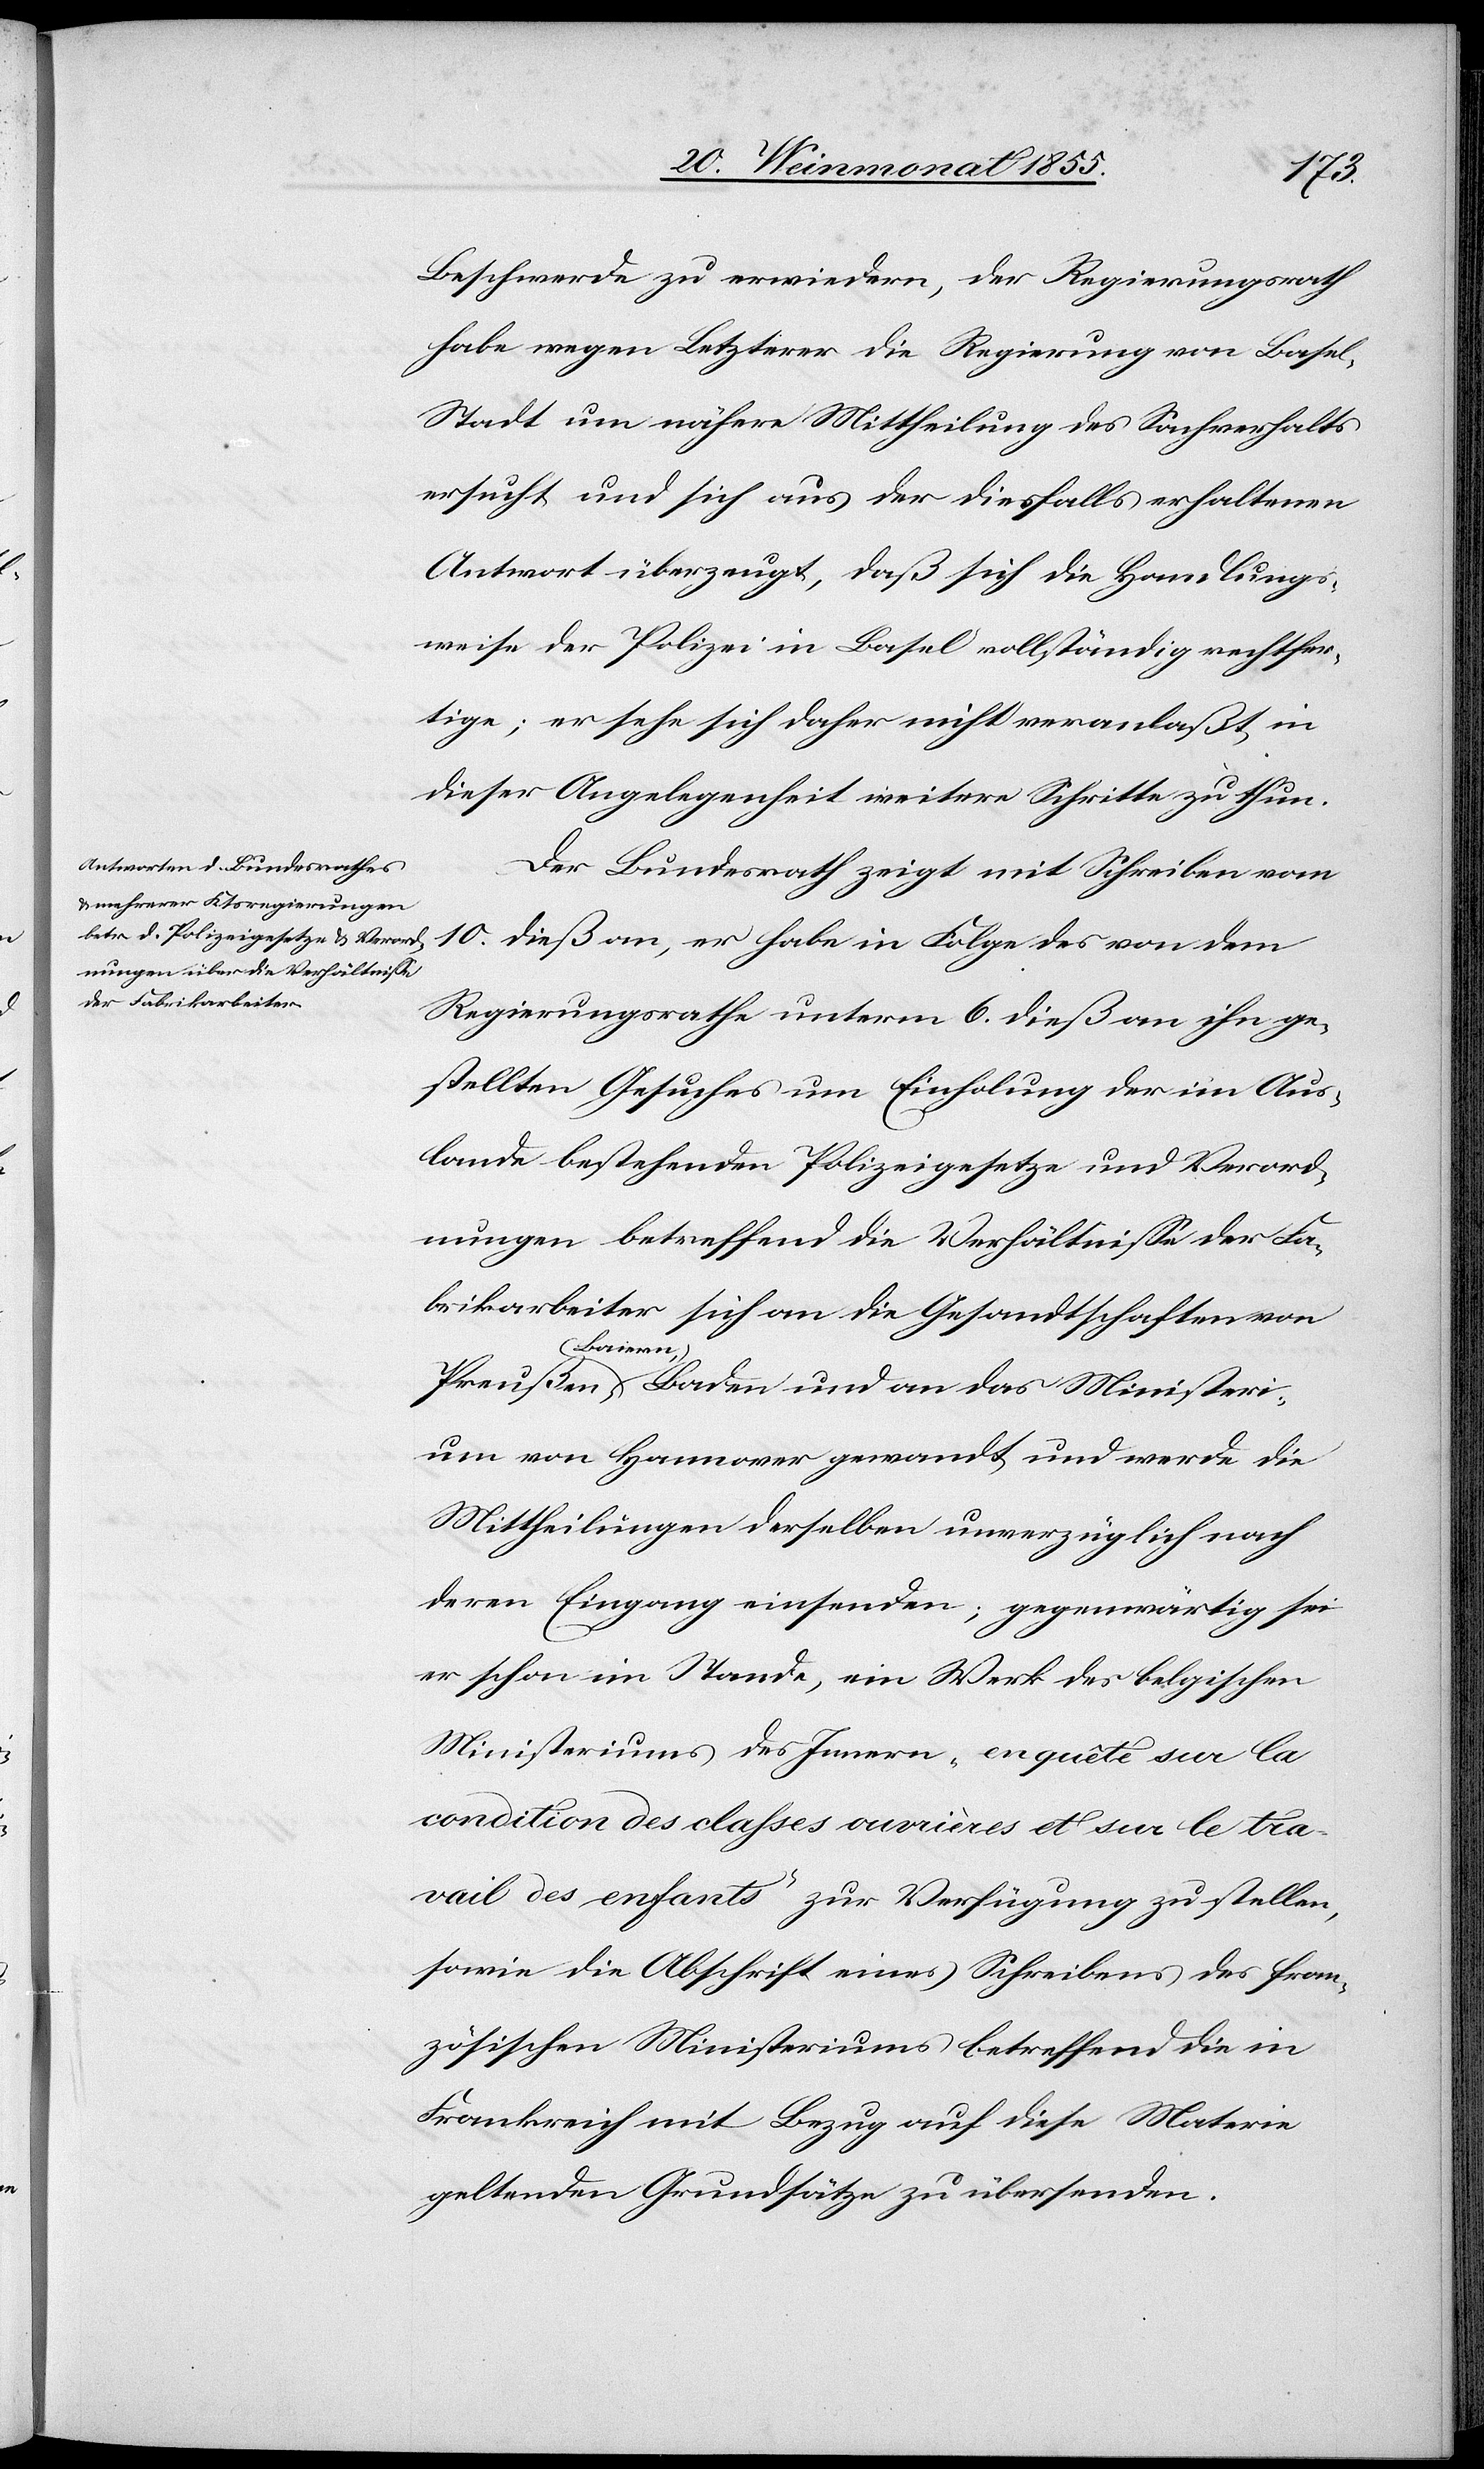
Beschwerde zu erwiedern, der Regierungsrath
habe wegen Letzterer die Regierung von Base¬
l-Stadt um nähere Mittheilung des Sachverhalts
ersucht und sich aus der diesfalls erhaltenen
Antwort überzeugt, daß sich die Handlungs¬
weise der Polizei in Basel vollständig rechtfer¬
tige; er sehe sich daher nicht veranlaßt, in
dieser Angelegenheit weitere Schritte zu thun.
Der Bundesrath zeigt mit Schreiben vom
10. dieß an, er habe in Folge des von dem
Regierungsrathe unterm 6. dieß an ihn ge¬
stellten Gesuches um Einholung der im Aus¬
lande bestehenden Polizeigesetze und Verord¬
nungen betreffend die Verhältnisse der Fa¬
brikarbeiter sich an die Gesandtschaften von
Baiern, Baden und an das Ministeri¬
um von Hannover gewandt und werde die
Mittheilungen derselben unverzüglich nach
deren Eingang einsenden; gegenwärtig sei
er schon im Stande, ein Werk des belgischen
Ministeriums des Innern „enquête sur la
condition des classes ouvrières et sur le tra¬
vail des enfants“ zur Verfügung zu stellen,
sowie die Abschrift eines Schreibens des fran¬
zösischen Ministeriums betreffend die in
Frankreich mit Bezug auf diese Materie
geltenden Grundsätze zu übersenden.